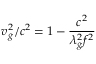
v _ { g } ^ { 2 } / c ^ { 2 } = 1 - { \frac { c ^ { 2 } } { \lambda _ { g } ^ { 2 } f ^ { 2 } } }